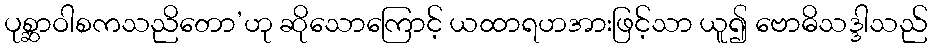
ပုစ္ဆာဝါစကသညိတော’ဟု ဆိုသောကြောင့် ယထာရဟအားဖြင့်သာ ယူ၍ ဗောဓိသဒ္ဒါသည်